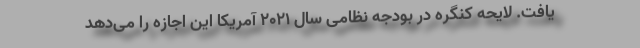
یافت. لایحه کنگره در بودجه نظامی سال 2021 آمریکا این اجازه را می‌دهد